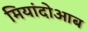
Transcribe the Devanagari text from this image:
मियांदोआब